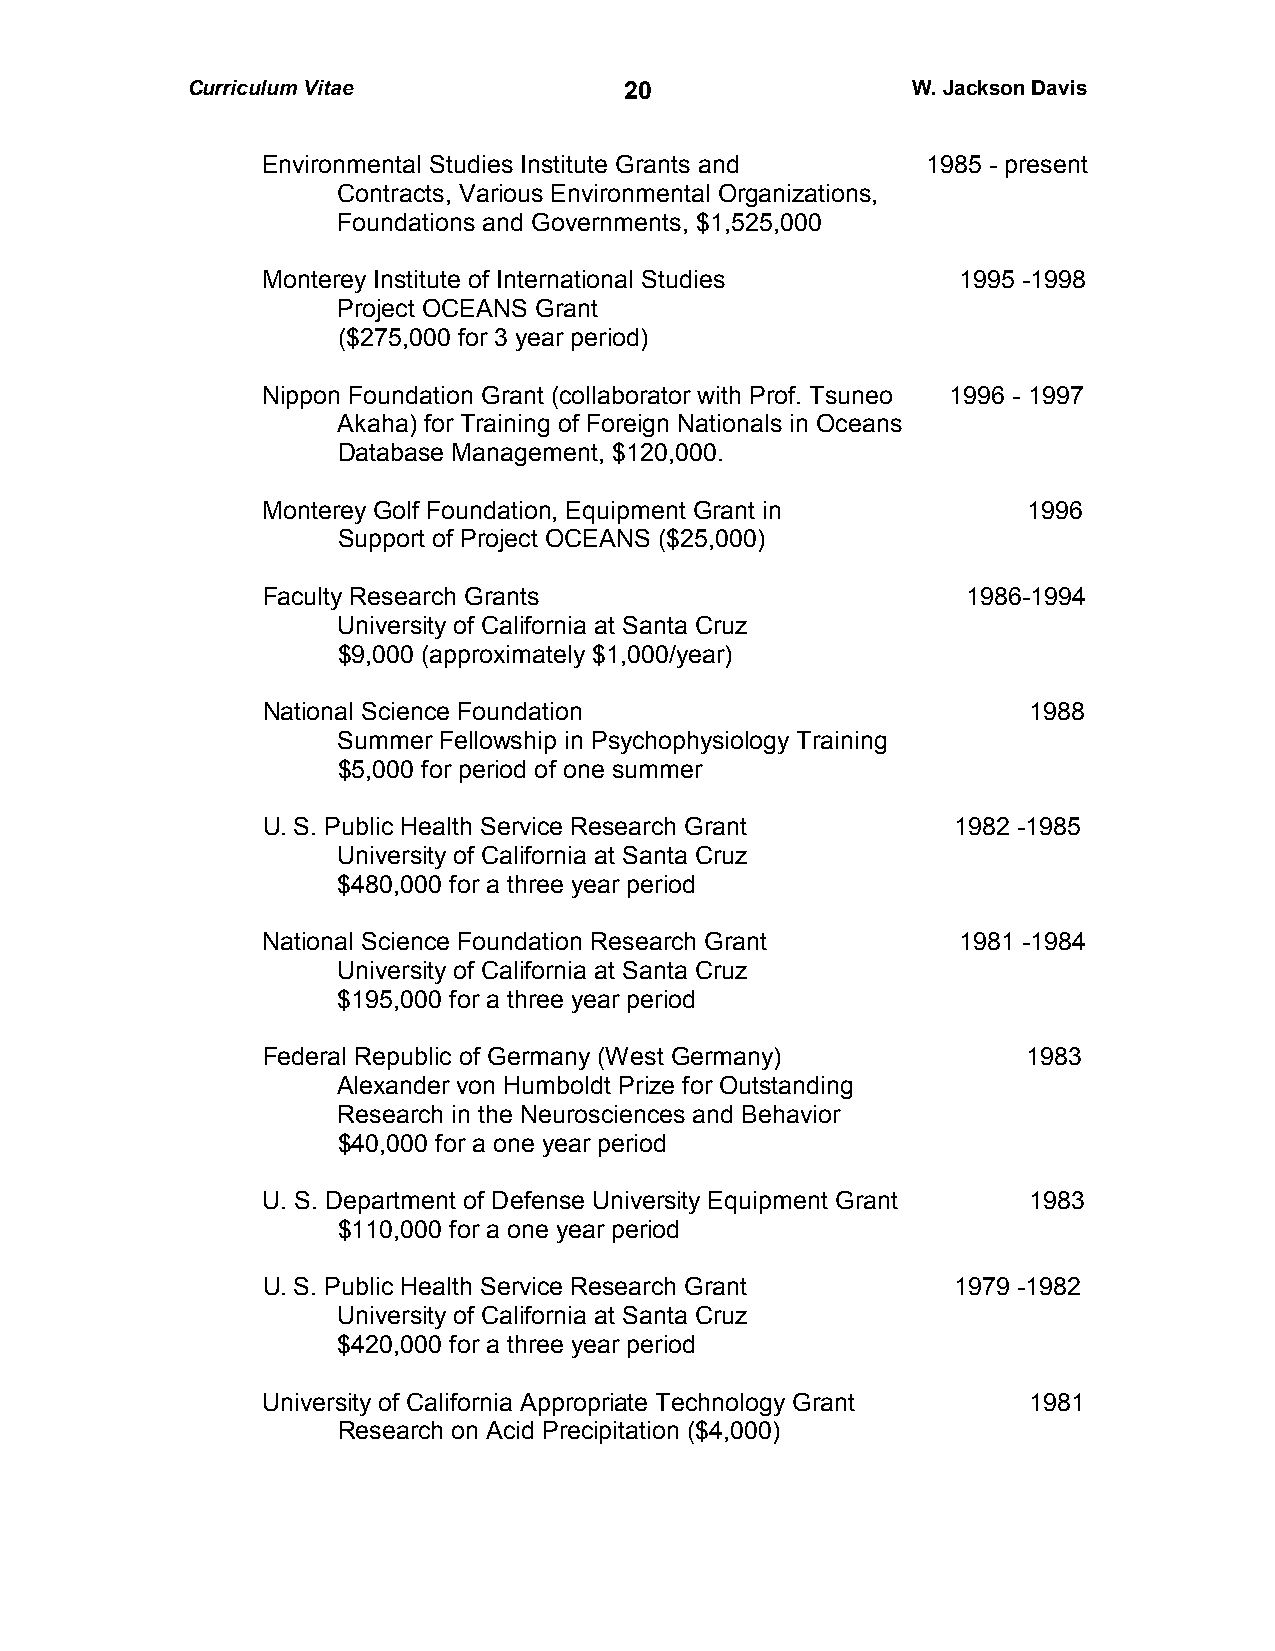
Curriculum Vitae             2 0                W. Jackson Davis
 Environmental Studies Institute Grants and  1985 - present
 Contracts, Various Environmental Organizations,
 Foundations and Governments, $1,525,000
 Monterey Institute of International Studies   1995 -1998
 Project OCEANS Grant
 ($275,000 for 3 year period)
 Nippon Foundation Grant (collaborator with Prof. Tsuneo 1996 - 1997
 Akaha) for Training of Foreign Nationals in Oceans
 Database Management, $120,000.
 Monterey Golf Foundation, Equipment Grant in       1996
 Support of Project OCEANS ($25,000)
 Faculty Research Grants                        1986-1994
 University of California at Santa Cruz
 $9,000 (approximately $1,000/year)
 National Science Foundation                        1988
 Summer Fellowship in Psychophysiology Training
 $5,000 for period of one summer
 U. S. Public Health Service Research Grant    1982 -1985
 University of California at Santa Cruz
 $480,000 for a three year period
 National Science Foundation Research Grant    1981 -1984
 University of California at Santa Cruz
 $195,000 for a three year period
 Federal Republic of Germany (West Germany)         1983
 Alexander von Humboldt Prize for Outstanding
 Research in the Neurosciences and Behavior
 $40,000 for a one year period
 U. S. Department of Defense University Equipment Grant 1983
 $110,000 for a one year period
 U. S. Public Health Service Research Grant    1979 -1982
 University of California at Santa Cruz
 $420,000 for a three year period
 University of California Appropriate Technology Grant 1981
 Research on Acid Precipitation ($4,000)